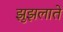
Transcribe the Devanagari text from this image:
झुझलाते